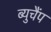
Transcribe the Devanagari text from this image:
ब्युचैंप